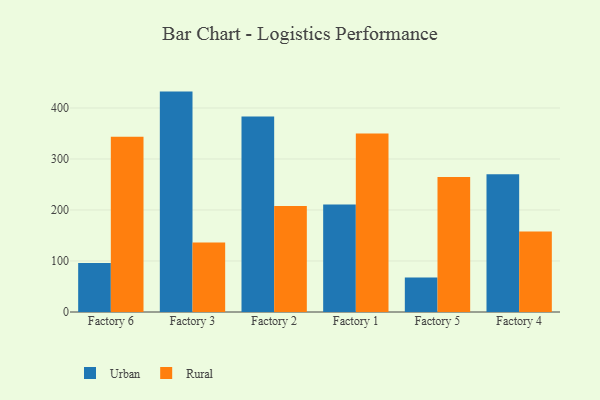
{"axis": {"x": "Factory", "y": "Website Visitors"}, "legend": ["Rural", "Urban"], "data": [{"x": "Factory 6", "y": 96.3, "type": "Urban"}, {"x": "Factory 6", "y": 343.6, "type": "Rural"}, {"x": "Factory 3", "y": 432.1, "type": "Urban"}, {"x": "Factory 3", "y": 136.3, "type": "Rural"}, {"x": "Factory 2", "y": 383.3, "type": "Urban"}, {"x": "Factory 2", "y": 207.6, "type": "Rural"}, {"x": "Factory 1", "y": 211.0, "type": "Urban"}, {"x": "Factory 1", "y": 350.1, "type": "Rural"}, {"x": "Factory 5", "y": 67.6, "type": "Urban"}, {"x": "Factory 5", "y": 264.9, "type": "Rural"}, {"x": "Factory 4", "y": 270.2, "type": "Urban"}, {"x": "Factory 4", "y": 157.7, "type": "Rural"}]}